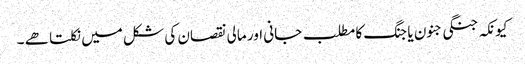
کیونکہ جنگی جنون یا جنگ کا مطلب جانی اور مالی نقصان کی شکل میں نکلتا ھے ۔